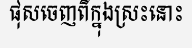
ផុសចេញពីក្នុងស្រះនោះ